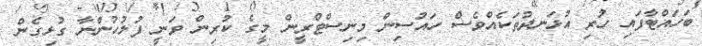
ބަހައްޓާފައި ހުރި އުޅަނދުތަކެއްވެސް ހައުސިން މިނިސްޓްރީން މީގެ ކުރިން ވަނީ ފުލުހުންނާ ގުޅިގެން